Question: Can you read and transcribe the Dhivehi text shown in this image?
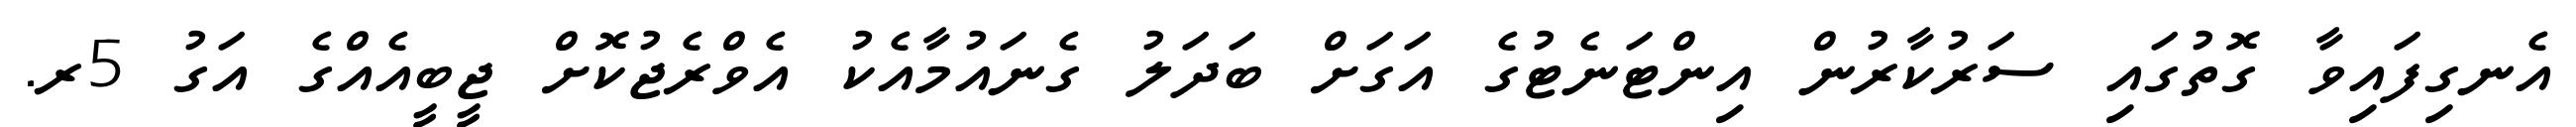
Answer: އެނގިފައިވާ ގޮތުގައި ސަރުކާރުން އިންޓަނެޓުގެ އަގަށް ބަދަލު ގެނައުމާއެކު އެވްރެޖުކޮށް ޖީބީއެއްގެ އަގު 5ރ.